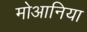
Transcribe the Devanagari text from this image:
मोआनिया